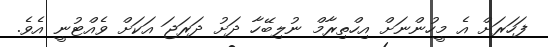
ފަހަރަށް އެ މީހުންނަށް އިހްތިރާމް ނުލިބޭހާ ދަށު ދަރަޖަ އަކަށް ވެއްޓުނީ އެވެ.